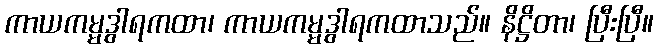
ကာယကမ္မဒွါရကထာ၊ ကာယကမ္မဒွါရကထာသည်။ နိဋ္ဌိတာ၊ ပြီးပြီ။